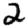
Digit: 2